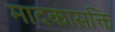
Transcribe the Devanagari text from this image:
मादकासक्ति